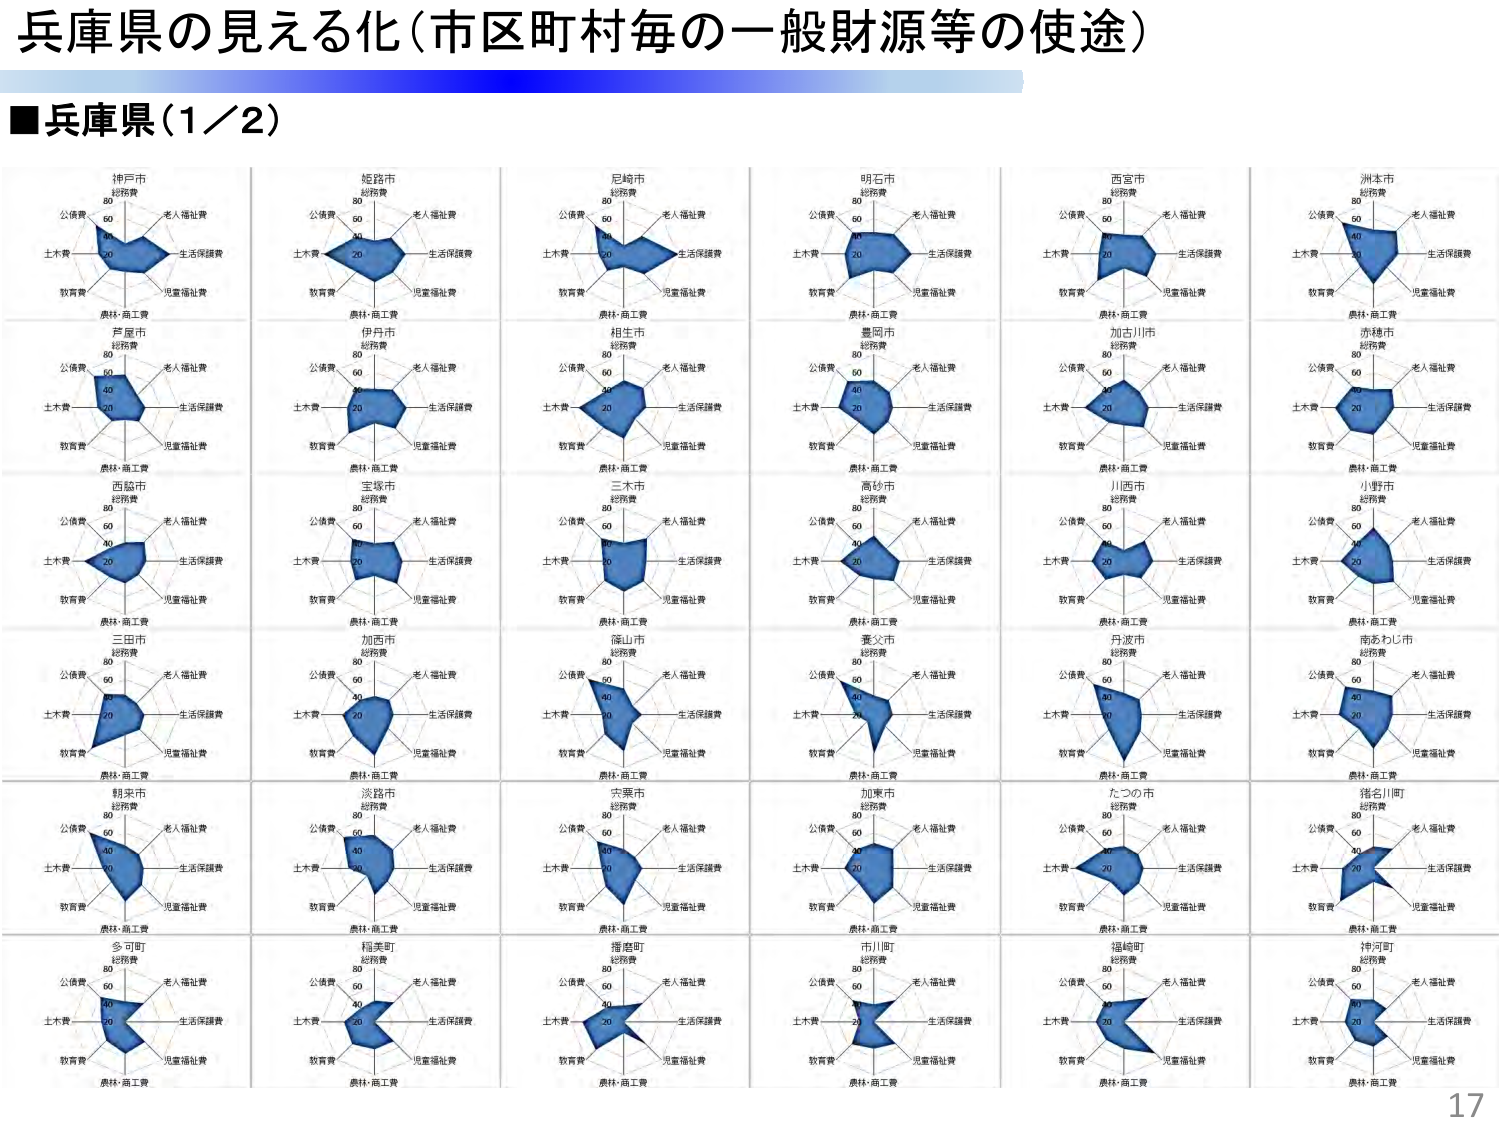
兵庫県の見える化（市区町村毎の一般財源等の使途）

■兵庫県（1／2）

神戸市
総務費
公債費
土木費
教育費
農林・商工費
老人福祉費
生活保護費
児童福祉費

姫路市
総務費
公債費
土木費
教育費
農林・商工費
老人福祉費
生活保護費
児童福祉費

尼崎市
総務費
公債費
土木費
教育費
農林・商工費
老人福祉費
生活保護費
児童福祉費

明石市
総務費
公債費
土木費
教育費
農林・商工費
老人福祉費
生活保護費
児童福祉費

西宮市
総務費
公債費
土木費
教育費
農林・商工費
老人福祉費
生活保護費
児童福祉費

洲本市
総務費
公債費
土木費
教育費
農林・商工費
老人福祉費
生活保護費
児童福祉費

芦屋市
総務費
公債費
土木費
教育費
農林・商工費
老人福祉費
生活保護費
児童福祉費

伊丹市
総務費
公債費
土木費
教育費
農林・商工費
老人福祉費
生活保護費
児童福祉費

相生市
総務費
公債費
土木費
教育費
農林・商工費
老人福祉費
生活保護費
児童福祉費

豊岡市
総務費
公債費
土木費
教育費
農林・商工費
老人福祉費
生活保護費
児童福祉費

加古川市
総務費
公債費
土木費
教育費
農林・商工費
老人福祉費
生活保護費
児童福祉費

赤穂市
総務費
公債費
土木費
教育費
農林・商工費
老人福祉費
生活保護費
児童福祉費

西脇市
総務費
公債費
土木費
教育費
農林・商工費
老人福祉費
生活保護費
児童福祉費

宝塚市
総務費
公債費
土木費
教育費
農林・商工費
老人福祉費
生活保護費
児童福祉費

三木市
総務費
公債費
土木費
教育費
農林・商工費
老人福祉費
生活保護費
児童福祉費

高砂市
総務費
公債費
土木費
教育費
農林・商工費
老人福祉費
生活保護費
児童福祉費

川西市
総務費
公債費
土木費
教育費
農林・商工費
老人福祉費
生活保護費
児童福祉費

小野市
総務費
公債費
土木費
教育費
農林・商工費
老人福祉費
生活保護費
児童福祉費

三田市
総務費
公債費
土木費
教育費
農林・商工費
老人福祉費
生活保護費
児童福祉費

加西市
総務費
公債費
土木費
教育費
農林・商工費
老人福祉費
生活保護費
児童福祉費

篠山市
総務費
公債費
土木費
教育費
農林・商工費
老人福祉費
生活保護費
児童福祉費

養父市
総務費
公債費
土木費
教育費
農林・商工費
老人福祉費
生活保護費
児童福祉費

丹波市
総務費
公債費
土木費
教育費
農林・商工費
老人福祉費
生活保護費
児童福祉費

南あわじ市
総務費
公債費
土木費
教育費
農林・商工費
老人福祉費
生活保護費
児童福祉費

朝来市
総務費
公債費
土木費
教育費
農林・商工費
老人福祉費
生活保護費
児童福祉費

淡路市
総務費
公債費
土木費
教育費
農林・商工費
老人福祉費
生活保護費
児童福祉費

宍粟市
総務費
公債費
土木費
教育費
農林・商工費
老人福祉費
生活保護費
児童福祉費

加東市
総務費
公債費
土木費
教育費
農林・商工費
老人福祉費
生活保護費
児童福祉費

たつの市
総務費
公債費
土木費
教育費
農林・商工費
老人福祉費
生活保護費
児童福祉費

猪名川町
総務費
公債費
土木費
教育費
農林・商工費
老人福祉費
生活保護費
児童福祉費

多可町
総務費
公債費
土木費
教育費
農林・商工費
老人福祉費
生活保護費
児童福祉費

稲美町
総務費
公債費
土木費
教育費
農林・商工費
老人福祉費
生活保護費
児童福祉費

播磨町
総務費
公債費
土木費
教育費
農林・商工費
老人福祉費
生活保護費
児童福祉費

市川町
総務費
公債費
土木費
教育費
農林・商工費
老人福祉費
生活保護費
児童福祉費

福崎町
総務費
公債費
土木費
教育費
農林・商工費
老人福祉費
生活保護費
児童福祉費

神河町
総務費
公債費
土木費
教育費
農林・商工費
老人福祉費
生活保護費
児童福祉費

80
60
40
20
0

17